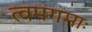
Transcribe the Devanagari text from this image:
त्वमगमाः